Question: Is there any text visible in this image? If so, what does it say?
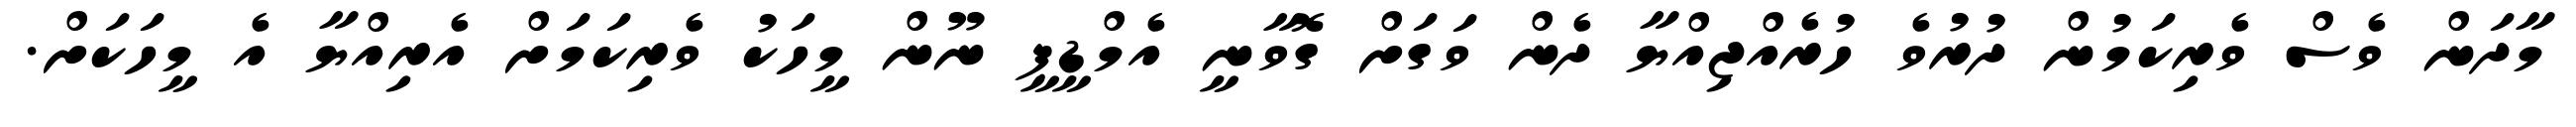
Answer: މާދަން ވެސް ވެރިކަމުން ދުރުވެ ހުރެއްޖިއްޔާ ދެން ވަގަށް ގޮވާނީ އެމްޑީޕީ ނޫން މީހަކު ވެރިކަމަށް އެރިއްޔާ އެ މީހަކަށް.